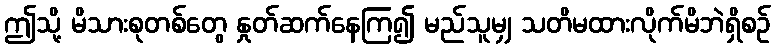
ဤသို့ မိသားစုတစ်တွေ နှုတ်ဆက်နေကြ၍ မည်သူမျှ သတိမထားလိုက်မိဘဲရှိစဉ်